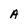
Character: A